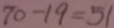
7 0 - 1 9 = 5 1